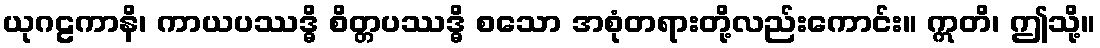
ယုဂဠကာနိ၊ ကာယပဿဒ္ဓိ စိတ္တပဿဒ္ဓိ စသော အစုံတရားတို့လည်းကောင်း။ ဣတိ၊ ဤသို့။